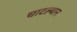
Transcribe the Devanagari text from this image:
चाटल्यान